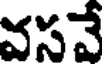
వసవే